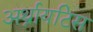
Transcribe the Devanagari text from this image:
अर्थ्रायटिस